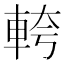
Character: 𮝎